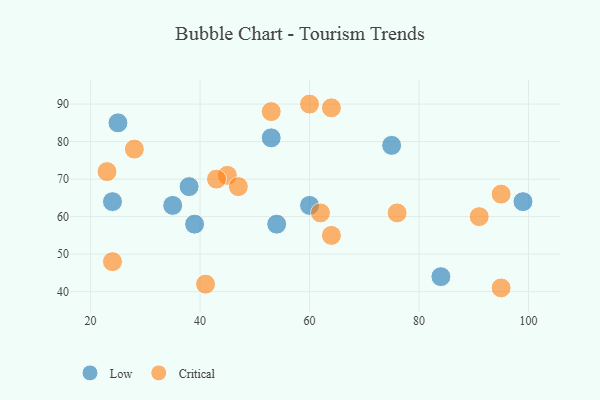
{"axis": {"x": "GDP", "y": "Life Expectancy"}, "legend": ["Critical", "Low"], "data": [{"x": "60", "y": 63, "type": "Low"}, {"x": "24", "y": 64, "type": "Low"}, {"x": "54", "y": 58, "type": "Low"}, {"x": "25", "y": 85, "type": "Low"}, {"x": "99", "y": 64, "type": "Low"}, {"x": "38", "y": 68, "type": "Low"}, {"x": "53", "y": 81, "type": "Low"}, {"x": "75", "y": 79, "type": "Low"}, {"x": "39", "y": 58, "type": "Low"}, {"x": "35", "y": 63, "type": "Low"}, {"x": "84", "y": 44, "type": "Low"}, {"x": "64", "y": 55, "type": "Critical"}, {"x": "64", "y": 89, "type": "Critical"}, {"x": "24", "y": 48, "type": "Critical"}, {"x": "41", "y": 42, "type": "Critical"}, {"x": "62", "y": 61, "type": "Critical"}, {"x": "45", "y": 71, "type": "Critical"}, {"x": "43", "y": 70, "type": "Critical"}, {"x": "28", "y": 78, "type": "Critical"}, {"x": "23", "y": 72, "type": "Critical"}, {"x": "76", "y": 61, "type": "Critical"}, {"x": "60", "y": 90, "type": "Critical"}, {"x": "53", "y": 88, "type": "Critical"}, {"x": "47", "y": 68, "type": "Critical"}, {"x": "95", "y": 41, "type": "Critical"}, {"x": "91", "y": 60, "type": "Critical"}, {"x": "95", "y": 66, "type": "Critical"}]}